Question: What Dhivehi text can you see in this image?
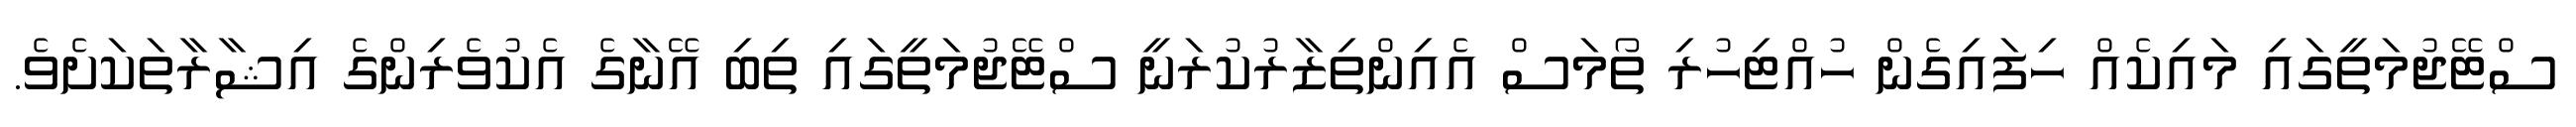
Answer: ސްޓޭޖުމަތީގައި މައިކެއް ހިފައިގެން ހުއްޓިހުރި ތޯމަސް އެއިންތިޒާރުކުރަނީ ސްޓޭޖުމަތީގައި ތިބި އޭނާގެ އެކުވެރިންގެ އިޝާރާތަކަށެވެ.